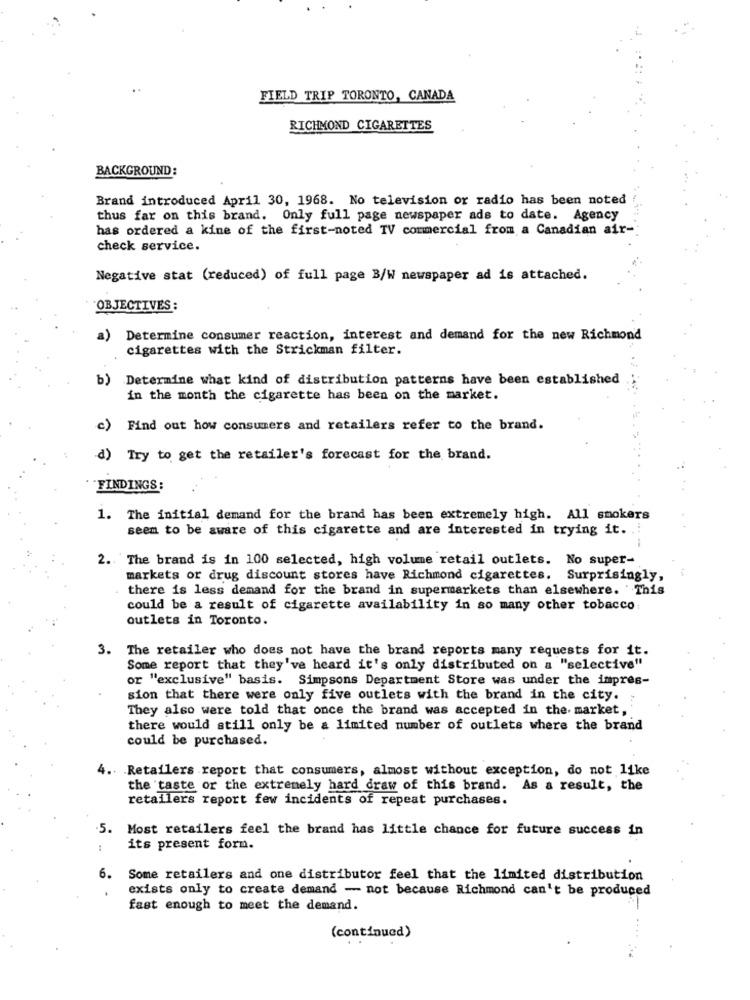
FIELD TRIP TORONTO, CANADA
RICHMOND CIGARETTES
BACKGROUND:
Brand introduced April 30, 1968. No television or radio has been noted
thus far on this brand. Only full page newspaper ads to date. Agency
has ordered a kine of the first-noted TV commercial from a Canadian air-
check service.
Negative stat (reduced) of full page B/W newspaper ad is attached.
OBJECTIVES :
a)
Determine consumer reaction, interest and demand for the new Richmond
cigarettes with the Strickman filter.
b)
Determine what kind of distribution patterns have been established
in the month the cigarette has been on the market.
c) Find out how consumers and retailers refer to the brand.
d) Try to get the retailer's forecast for the brand.
FINDINGS:
1. The initial demand for the brand has been extremely high. All smokers
seem to be aware of this cigarette and are interested in trying it. ..
2. The brand is in 100 selected, high volume retail outlets. No super-
markets or drug discount stores have Richmond cigarettes. Surprisingly,
there is less demand for the brand in supermarkets than elsewhere. This
could be a result of cigarette availability in so many other tobacco:
outlets in Toronto.
The retailer who does not have the brand reports many requests for it.
Some report that they've heard it's only distributed on a "selective"
or "exclusive" basis. Simpsons Department Store was under the impres-
sion that there were only five outlets with the brand in the city.
They also were told that once the brand was accepted in the market,
there would still only be a limited number of outlets where the brand
could be purchased.
4. Retailers report that consumers, almost without exception, do not like
the taste or the extremely hard draw of this brand. As a result, the
retailers report few incidents of repeat purchases.
.5.
Most retailers feel the brand has little chance for future success in
its present forn.
6.
Some retailers and one distributor feel that the limited distribution
exists only to create demand - not because Richmond can't be produced
fast enough to meet the demand.
(continued)